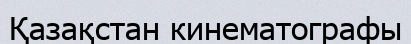
Қазақстан кинематографы